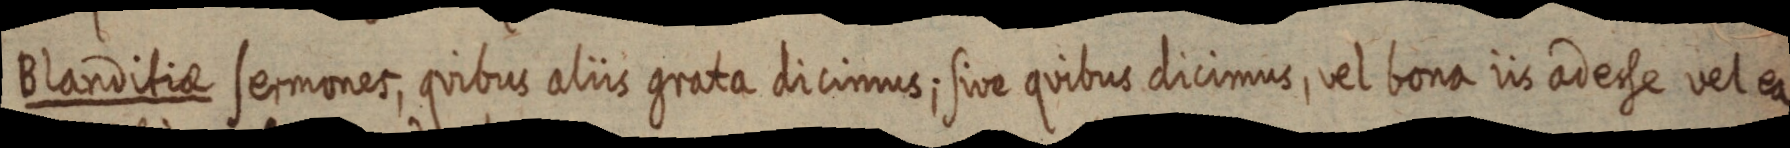
Blanditiae sermones, quibus aliis grata dicimus; sive quibus dicimus, vel bona iis adesse vel ea